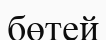
бөтей